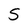
Character: S